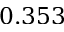
0 . 3 5 3